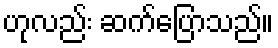
ဟုလည်း ဆက်ပြောသည်။